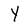
Character: Y